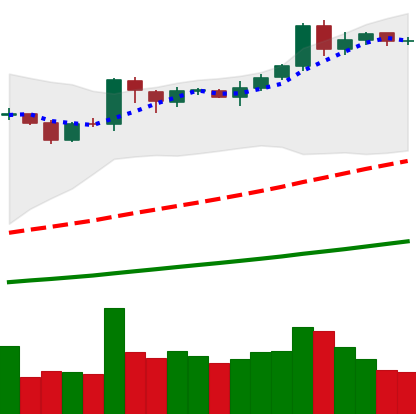
Ticker: BNB-USD
Chart end date: 2019-04-07
Forward return: -3.537%
Label: down_3_5